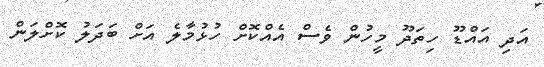
އަދި އައްޑޫ ހިތަދޫ މީހުން ވެސް އެއްކޮށް ހުޅުމާލެ އަށް ބަދަލު ކޮށްލަން